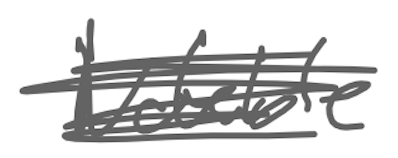
Text: Notable
Cross-out: scratch
Writing tool: digital_gray